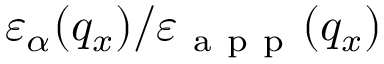
{ { \varepsilon } _ { \alpha } } ( { { q } _ { x } } ) / { { \varepsilon } _ { \mathrm { ~ a ~ p ~ p ~ } } } ( { { q } _ { x } } )